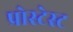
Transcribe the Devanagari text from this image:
प्रोस्टेस्ट